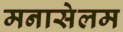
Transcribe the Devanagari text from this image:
मनासेलम